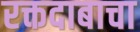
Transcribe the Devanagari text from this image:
रक्तदाबाचा